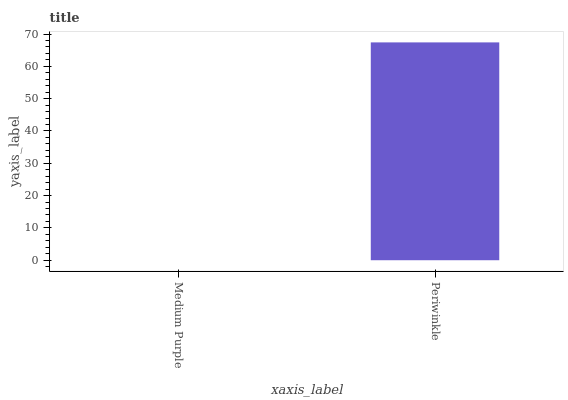
| xaxis_label | bars |
 | --- | --- |
 | Medium Purple | 0 |
 | Periwinkle | 67.4 |